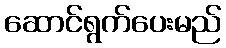
ဆောင်ရွက်ပေးမည်